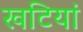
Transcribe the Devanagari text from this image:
खटियां